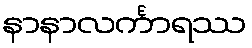
နာနာလင်္ကာရဿ